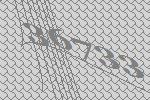
36733